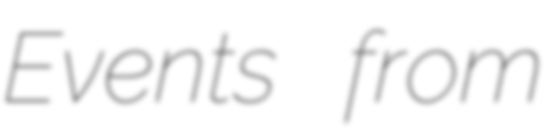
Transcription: Events from